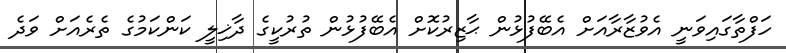
ހަފްތާގައިވަނީ އެވުޒާރާއަށް އެބޭފުޅުން ޙާޒިރުކޮށް އެބޭފުޅުން ތުރުކީގެ ދާޚިލީ ކަންކަމުގެ ތެރެއަށް ވަދެ